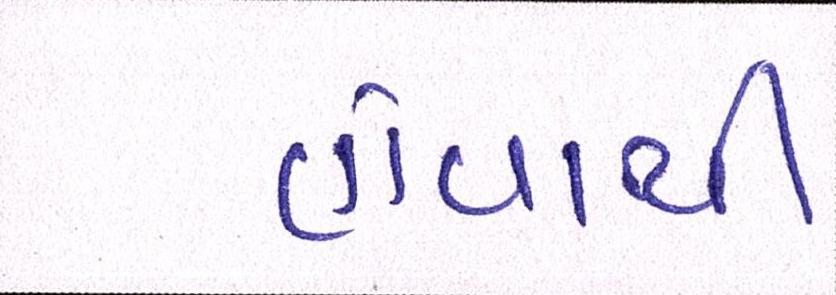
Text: હોવાથી